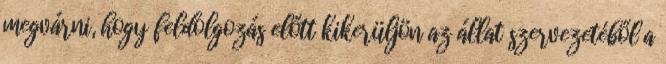
megvárni, hogy feldolgozás előtt kikerüljön az állat szervezetéből a